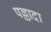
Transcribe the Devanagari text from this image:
पल्लादा